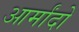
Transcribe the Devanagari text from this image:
आर्मांदो